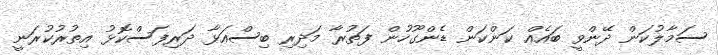
ސަމާލުކަން ދޭންވީ ބައެއް ކަންކަން ޑެންގޫހުން ފަތުރާ މަދިރި ބިސްއަޅާ ދަރިފަސްކޮޅު އިތުރުކުރަނީ